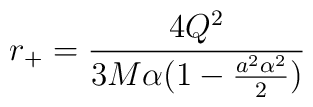
r_+ = \frac{4Q^2}{3M\alpha(1-\frac{a^2\alpha^2}{2})}